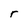
Character: r